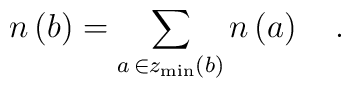
n\left( b\right) =\sum_{a\,\in z_{\min }\left( b\right)}n\left( a\right) \quad .